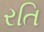
રતિ